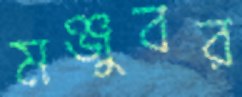
মঞ্জুবর